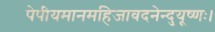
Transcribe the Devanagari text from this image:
पेपीयमानमहिजावदनेन्दुयूष्णः।